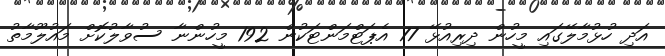
އަދި ހުޅުމާލޭގައި މީހުން ދިރިއުޅޭ 77 އެޕަޓްމަންޓަކުން 192 މީހުންނާ ސުވާލުކޮށް މައުލޫމާތު